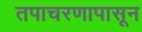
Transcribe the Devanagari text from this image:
तपाचरणापासून